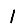
Digit: 1